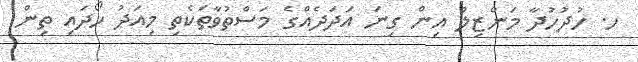
ހ. ހުދުހުދާ މަންޒިލް އިން ގިނަ އަދަދެއްގެ މަސްތުވާތަކެތި މިއަދު ހޯދައި ތިން